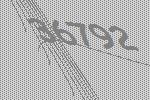
36792